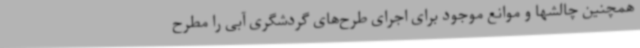
همچنین چالشها و موانع موجود برای اجرای طرح‌های گردشگری آبی را مطرح